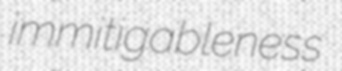
immitigableness